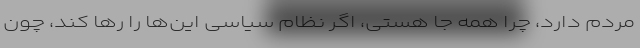
مردم دارد، چرا همه جا هستی، اگر نظام سیاسی این‌ها را رها کند، چون